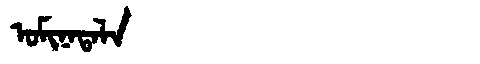
Manchu: ᠣᠮᡳᠨᠠᡨᠠᠯᠠ
Romanization: OMINATALA